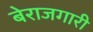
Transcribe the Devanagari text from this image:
बेराजगारी